Report on sanitation, dispensaries, and jails in Rajputana for 1913, and on vaccination for the year 1913-1914 - 1913-1914
Year: 1913
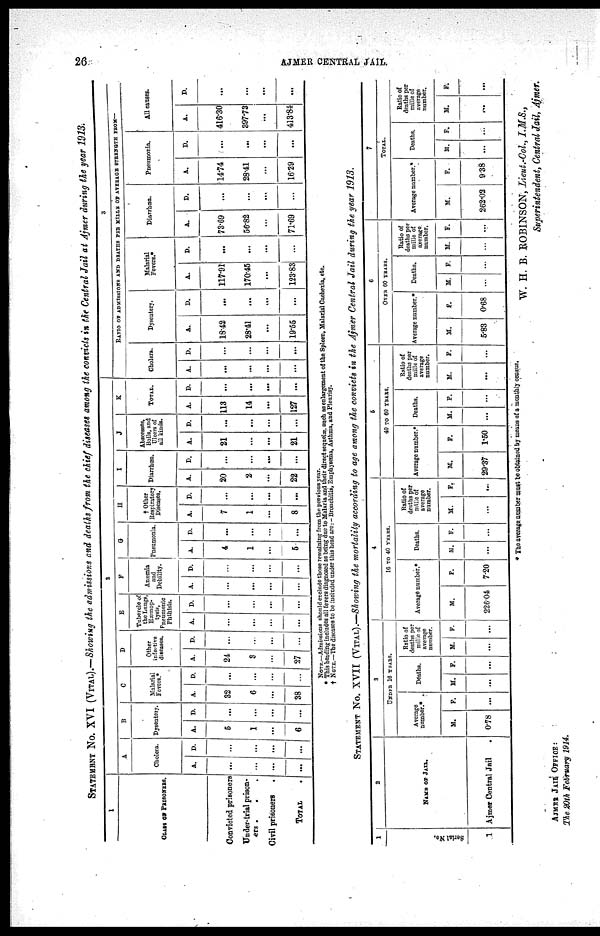
26
AJMER CENTRAL JAIL.
STATEMENT No. XVI (VITAL).—Showing the admissions and deaths from the chief diseases among the convicts in the Central Jail at Ajmer during the year 1913.
1
CLASS OF PRISONERS.
Convicted prisoners
Under-trial prison¬
ers .
. .
Civil prisoners .
TOTAL .
2
A
Cholera.
A.
...
...
...
...
D.
...
...
...
...
B
Dysentery.
A.
5
1
...
6
D.
...
...
...
...
C
Malarial
Fevers.*
A.
32
6
...
38
D.
...
...
...
...
D
Other
infective
diseases.
A.
24
3
...
27
D.
...
...
...
...
E
Tubercle of
the Lungs
Hæmop¬
tysis,
pnenmonic
phthisis.
A.
...
...
...
...
D.
...
...
...
...
F
Anæmia
and
Debility.
A.
...
...
...
...
D.
...
...
...
...
G
Pneumonia.
A.
4
1
...
5
D.
...
...
...
...
H
† Other
Respiratory
Diseases.
A.
7
1
...
8
D.
...
...
...
...
I
Diarrhœa.
A.
20
2
...
22
D.
...
...
...
...
J
Abscesses,
Boils, and
Ulcers of
all kinds.
A.
21
...
...
21
D.
...
...
...
...
K
TOTAL.
A.
113
14
...
127
D.
...
...
...
...
3
RATIO OF ADMISSIONS AND DEATHS PER MILLS OF AVERAGE STRENGTH FROM—
Cholera.
A.
...
...
...
...
D.
...
...
...
...
Dysentery.
A.
18.42
28.41
...
19.55
D.
...
...
...
...
Malarial
Fevers.*
A.
117.91
170.45
...
123.83
D.
...
...
...
...
Diarrhœa.
A.
73.69
56.82
...
71.69
D.
...
...
...
...
Pneumonia.
A.
14.74
28.41
...
16.29
D.
...
...
...
...
All causes.
A.
416.30
397.73
...
413.84
D.
...
...
...
...
NOTE.—Admissions should exclude those remaining from the previous year.
* This heading includes all fevers diagnosed as being due to Malaria and their direct sequelæ, such as enlargement of the Spleen, Malarial Cachexia, etc.
† NOTE.—The diseases to be included under this head are: — Bronchitis, Emphysema, Asthma, and Pleurisy.
STATEMENT No. XVII (VITAL).—Showing the mortality according to age among the convicts in the Ajmer Central Jail during the year 1913.
1
Serial No.
1
2
NAME OF JAIL.
Ajmer Central Jail
3
UNDER 16 YEARS.
Average
number.*
M.
0.78
F.
...
Deaths.
M.
...
F.
...
Ratio of
deaths per
mille of
average
number.
M.
...
F.
...
4
16 TO 40 YEARS.
Average number.*
M.
226.04
F.
7.20
Deaths.
M.
...
F.
...
Ratio of
deaths per
mille of
average
number.
M.
...
F.
...
5
40 TO 60 YEARS.
Average number.*
M.
29.37
F.
1.50
Deaths.
M.
...
F.
...
Ratio of
denths per
mille of
average
number.
M.
...
F.
...
6
OVER 60 YEARS.
Average number.*
M.
5.83
F.
0.68
Deaths.
M.
...
F.
...
Ratio of
deaths per
mille of
average
number.
M.
...
F.
...
7
TOTAL.
Average number.*
M.
262.02
F.
9.38
Deaths.
M.
...
F.
...
Ratio of
deaths per
mille of
average
number.
M.
...
F.
...
* The average number must be obtained by means of a monthly census.
W. H. B. ROBINSON, Lieut.-Col., I.M.S.,
Superintendent, Central Jail, Ajmer.
AJMER JAIL OFFICE :
The 20th February 1914.